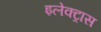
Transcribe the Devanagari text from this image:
इलेक्‍ट्रास